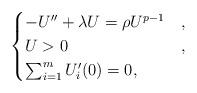
LaTeX: \begin{align*}\begin{cases}-U'' + \lambda U = \rho U^{p-1} & , \\U>0 & , \\\sum_{i=1}^m U_i'(0) = 0,\end{cases}\end{align*}